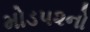
મોડ૫૨નો